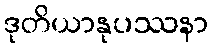
ဒုတိယာနုပဿနာ